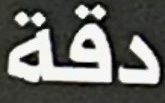
دقة